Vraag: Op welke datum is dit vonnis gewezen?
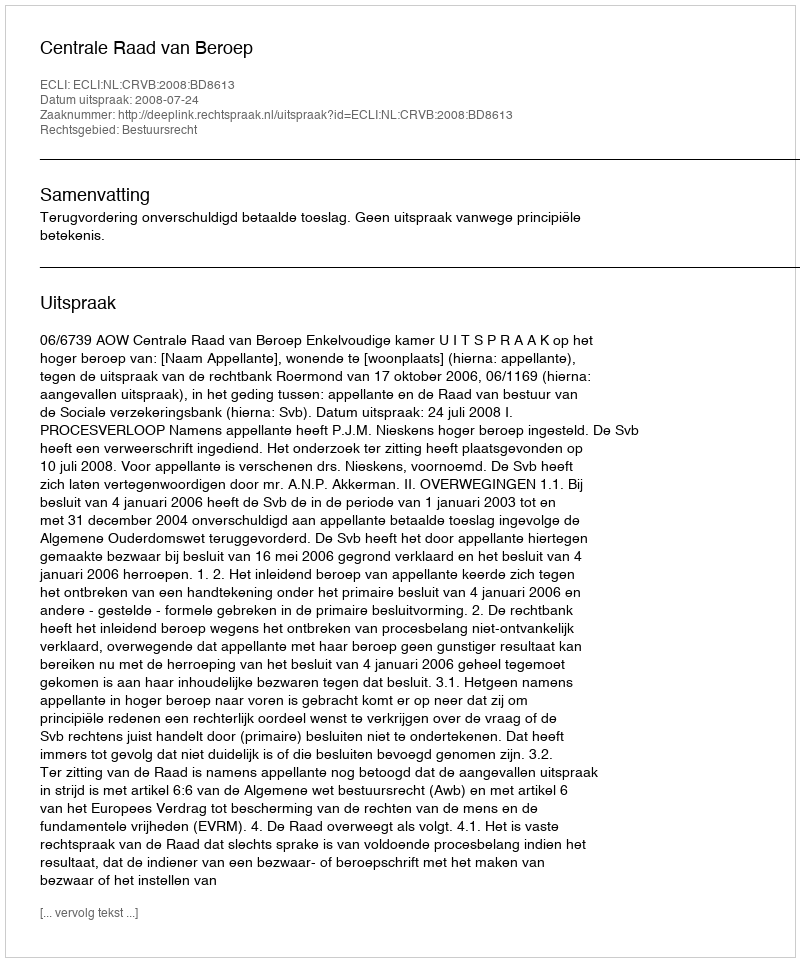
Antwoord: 2008-07-24